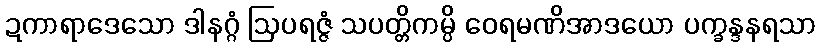
ဍကာရာဒေသော ဒါနဂ္ဂံ ဩပရဇ္ဇံ သပတ္တိကမ္ပိ ဝေရမဏိအာဒယော ပက္ခန္ဒနရသာ